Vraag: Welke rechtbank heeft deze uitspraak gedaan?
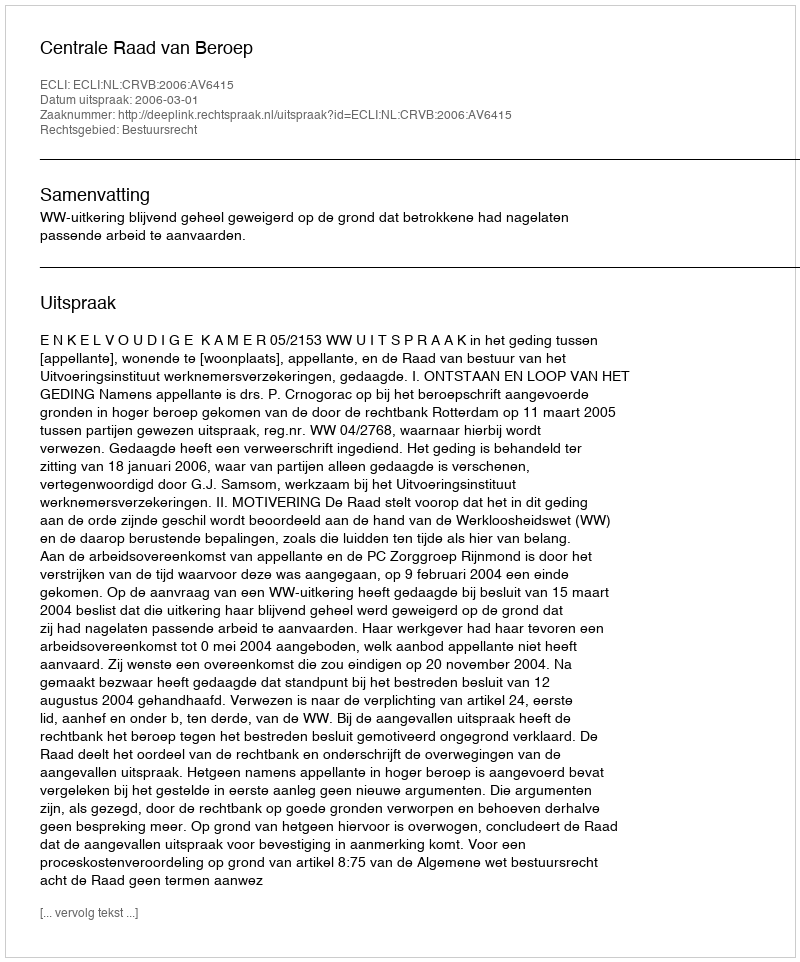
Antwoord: Centrale Raad van Beroep